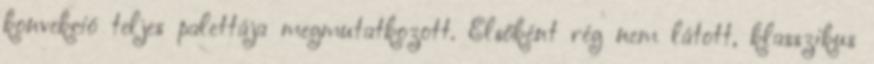
konvekció teljes palettája megmutatkozott. Elsőként rég nem látott, klasszikus